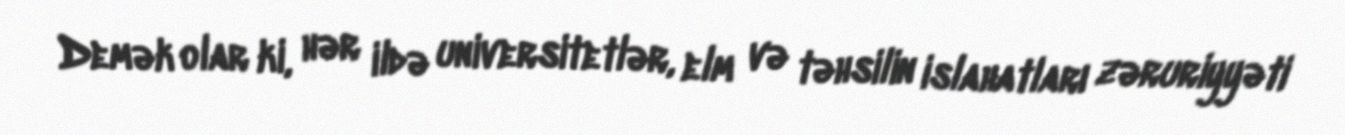
Demək olar ki, hər ildə universitetlər, elm və təhsilin islahatları zəruriyyəti